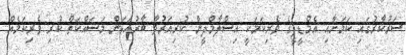
ސަރުކާރުގައި ކަމަށާއި އެމްޑީޕީގެ ވެރިކަމަކީ އިސްލާމްދީން ކުރިއަރުވާ ބާރުއަޅަން މަސައްކަތް ކުރި ވެރިކަމެއް